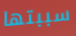
سببتها